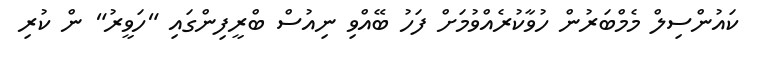
ކައުންސިލް މެމްބަރުން ހުވާކުރެއްވުމަށް ފަހު ބޭއްވި ނިއުސް ބްރީފިންގައި "ހަވީރު" ން ކުރި